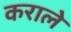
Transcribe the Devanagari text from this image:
कराले